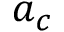
a _ { c }